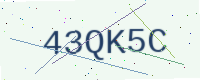
Text: 43QK5C